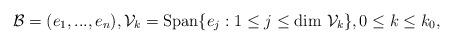
LaTeX: \begin{align*}\mathcal{B}=(e_1,...,e_n), \mathcal{V}_k=\textrm{Span}\{e_j : 1 \leq j \leq \textrm{dim }\mathcal{V}_k\}, 0 \leq k \leq k_0,\end{align*}